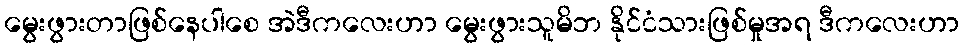
မွေးဖွားတာဖြစ်နေပါစေ အဲဒီကလေးဟာ မွေးဖွားသူမိဘ နိုင်ငံသားဖြစ်မှုအရ ဒီကလေးဟာ